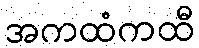
အကထံကထီ